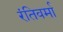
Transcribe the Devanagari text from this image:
रंतिवर्मा